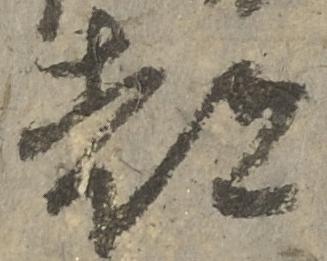
都